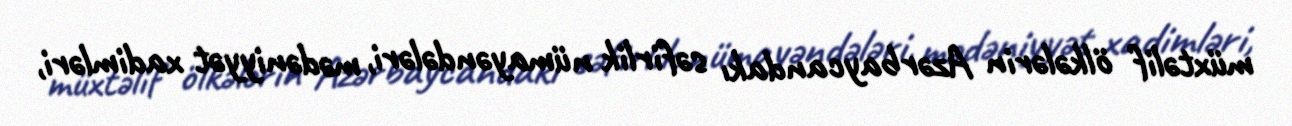
müxtəlif ölkələrin Azərbaycandakı səfirlik nümayəndələri, mədəniyyət xadimləri,